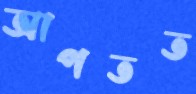
আপতত